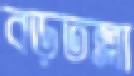
বড়তল্লা